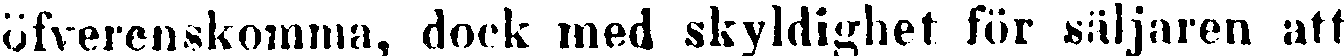
öfverenskomma, dock med skyldighet för säljaren att